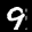
Label: 9